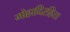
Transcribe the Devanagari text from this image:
मोहादिरहितः